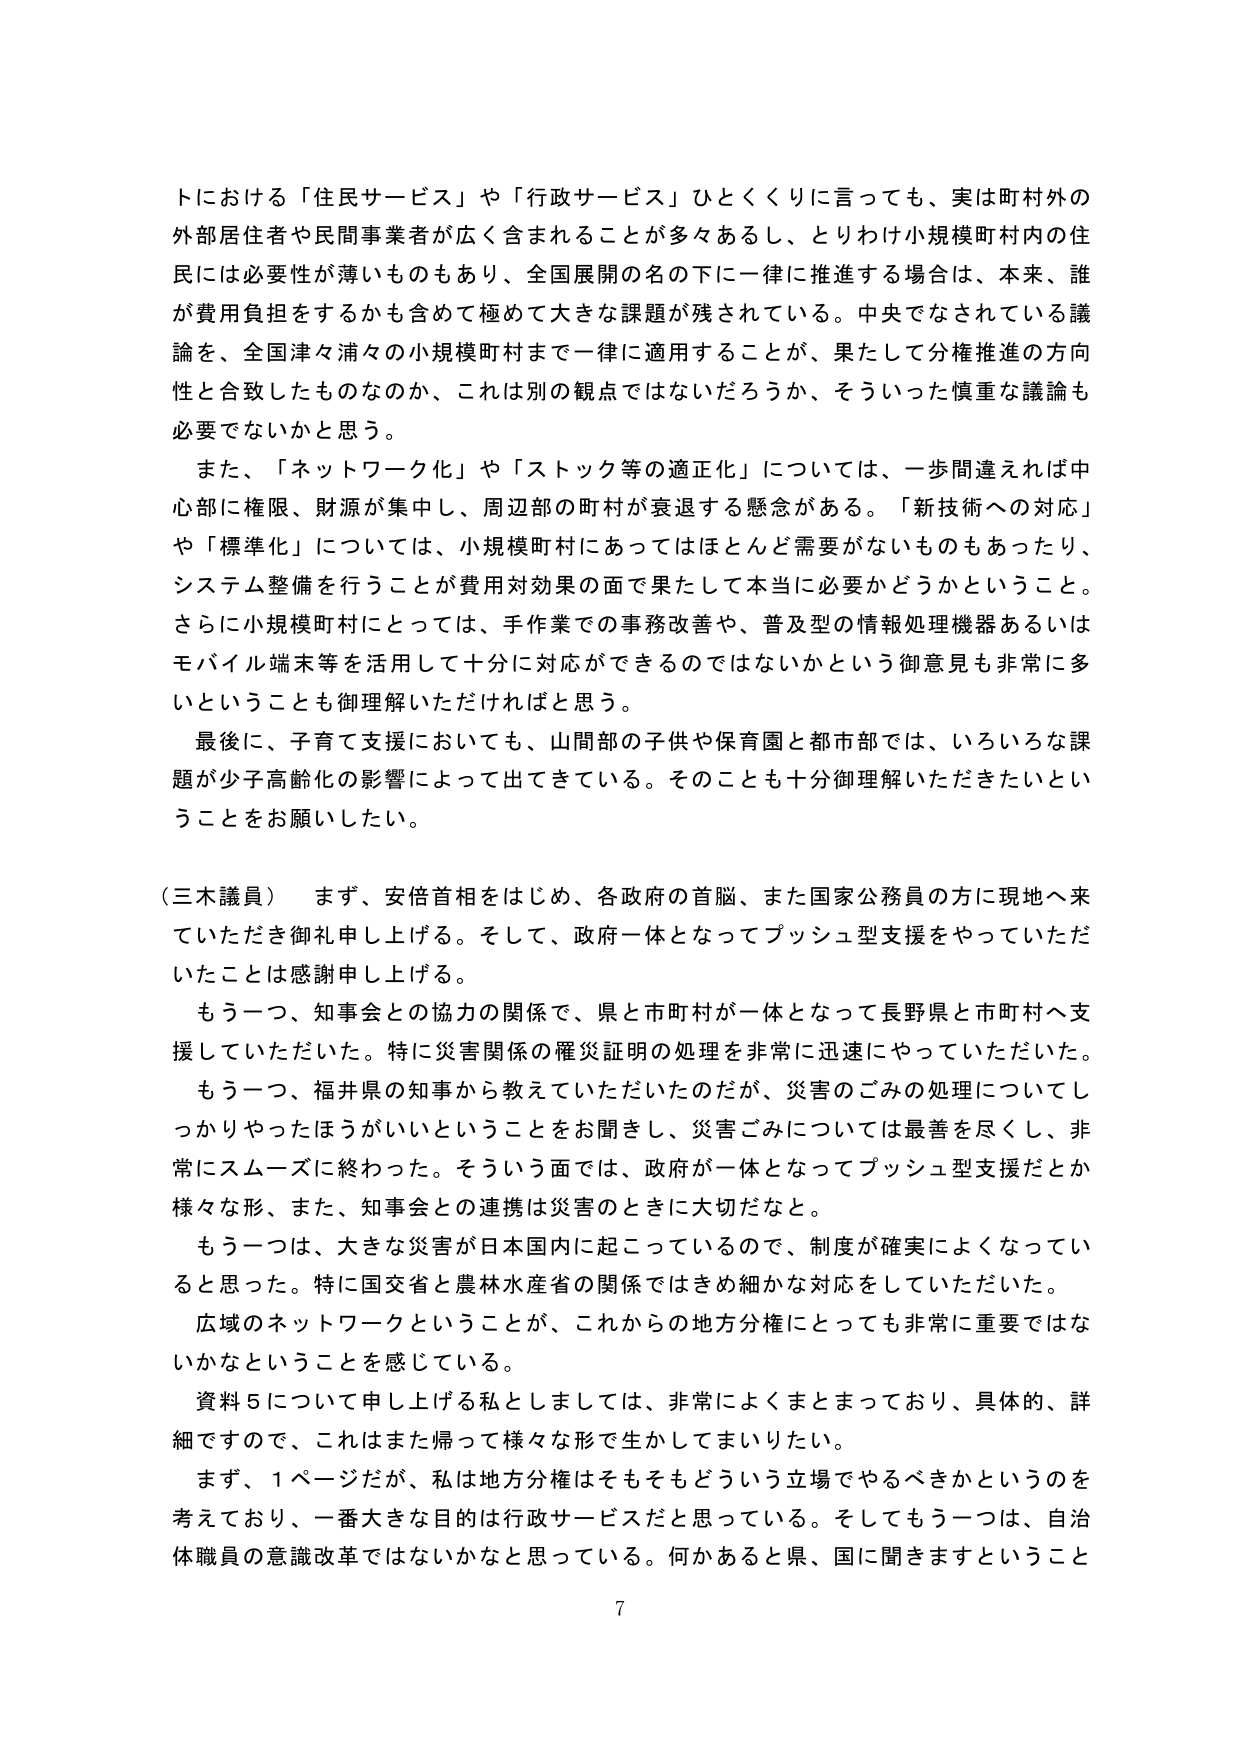
トにおける「住民サービス」や「行政サービス」ひどくくりに言っても、実は町村外の外部居住者や民間事業者が広く含まれることが多々あるし、とりわけ小規模町村内の住民には必要性が薄いものもあり、全国展開の名の下に一律に推進する場合は、本来、誰が費用負担をするかも含めて極めて大きな課題が残されている。中央でなされている議論を、全国津々浦々の小規模町村まで一律に適用することが、果たして分権推進の方向性と合致したものなのか、これは別の観点ではないだろうか、そういった慎重な議論も必要ではないかと思う。

また、「ネットワーク化」や「ストック等の適正化」については、一歩間違えれば中心部に権限、財源が集中し、周辺部の町村が衰退する懸念がある。「新技術への対応」や「標準化」については、小規模町村にあってはほとんど需要がないものもあったり、システム整備を行うことが費用対効果の面で果たして本当に必要かどうかということ。さらに小規模町村にとっては、手作業での事務改善や、普及型の情報処理機器あるいはモバイル端末等を活用して十分に対応ができるのではないかという御意見も非常に多いということも御理解いただければと思う。

最後に、子育て支援においても、山間部の子供や保育園と都市部では、いろいろな課題が少子高齢化の影響によって出てきている。そのことも十分御理解いただきたいということをお願いしたい。

（三木議員） まず、安倍首相をはじめ、各政府の首脳、また国家公務員の方に現地へ来ていただき御礼申し上げる。そして、政府一体となってプッシュ型支援をやっていただいたことは感謝申し上げる。

もう一つ、知事会との協力の関係で、県と市町村が一体となって長野県と市町村へ支援していただいた。特に災害関係の罹災証明の処理を非常に迅速にやっていただいた。

もう一つ、福井県の知事から教えていただいたのだが、災害のごみの処理についてしっかりやったほうがいいということをお聞きし、災害ごみについては最善を尽くし、非常にスムーズに終わった。そういう面では、政府が一体となってプッシュ型支援だとか様々な形、また、知事会との連携は災害のときに大切だなと。

もう一つは、大きな災害が日本国内に起こっているので、制度が確実によくなっていると思った。特に国交省と農林水産省の関係ではきめ細かな対応をしていただいた。

広域のネットワークということが、これからの地方分権にとっても非常に重要ではないかなということを感じている。

資料5について申し上げる私としましては、非常によくまとまっており、具体的、詳細ですので、これはまた帰って様々な形で生かしてまいりたい。

まず、1ページだが、私は地方分権はそもそもどういう立場でやるべきかというのを考えており、一番大きな目的は行政サービスだと思っている。そしてもう一つは、自治体職員の意識改革ではないかなと思っている。何かあると県、国に聞きますということ

7